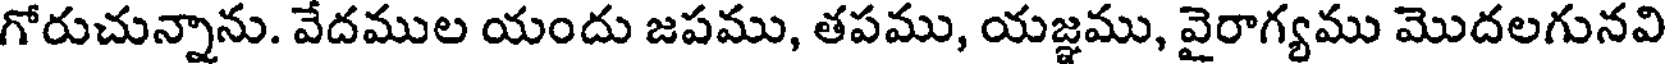
గోరుచున్నాను. వేదముల యందు జపము, తపము, యజ్ఞము, వైరాగ్యము మొదలగునవి